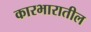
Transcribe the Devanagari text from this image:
कारभारातील